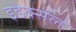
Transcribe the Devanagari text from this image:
इडेक्सेल